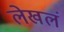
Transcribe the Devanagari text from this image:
लेखलं